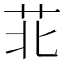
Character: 苝